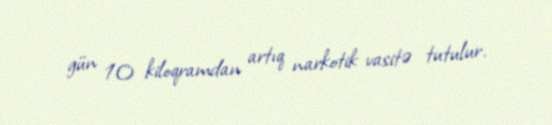
gün 10 kiloqramdan artıq narkotik vasitə tutulur.